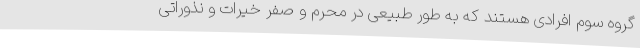
گروه سوم افرادی هستند که به طور طبیعی در محرم و صفر خیرات و نذوراتی